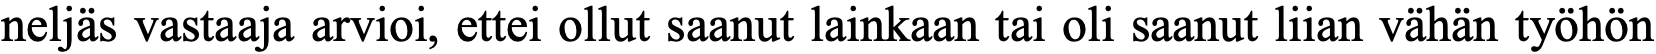
neljäs vastaaja arvioi, ettei ollut saanut lainkaan tai oli saanut liian vähän työhön